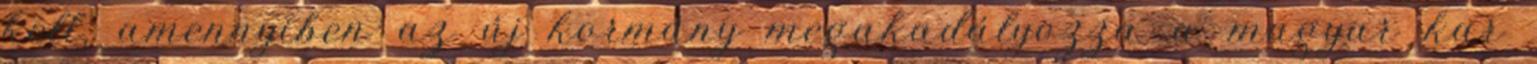
kell, amennyiben az új kormány megakadályozza a magyar kar